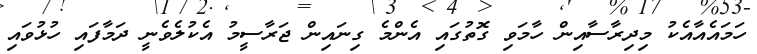
ހަމައެއާއެކު މިދިރާސާއިން ހާމަވި ގޮތުގައި އެންމެ ގިނައިން ޖަރާސީމު އެކުލެވެނީ ދަމާފައި ހުޅުވައި